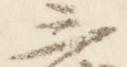
三